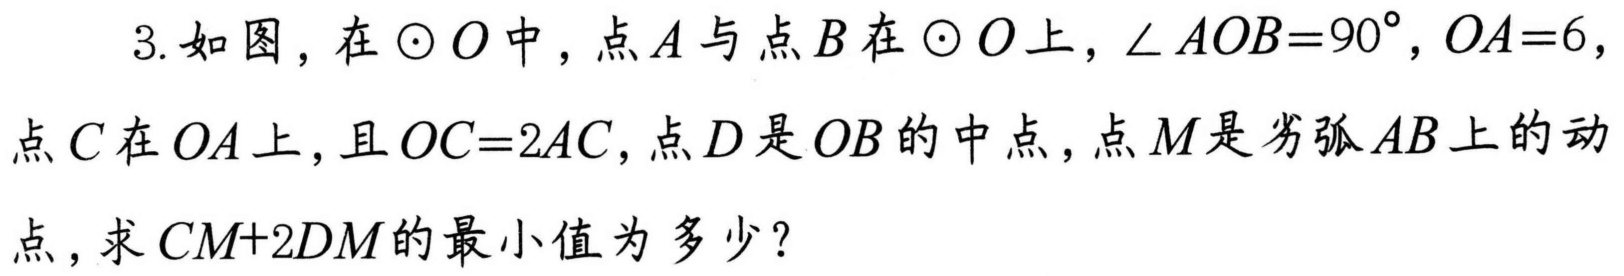
3. 如图，在\(\odot O\)中，点\(A\)与点\(B\)在\(\odot O\)上，\(\angle AOB = 90^{\circ}\)，\(OA = 6\)，点\(C\)在\(OA\)上，且\(OC = 2AC\)，点\(D\)是\(OB\)的中点，点\(M\)是劣弧\(AB\)上的动点，求\(CM + 2DM\)的最小值为多少？